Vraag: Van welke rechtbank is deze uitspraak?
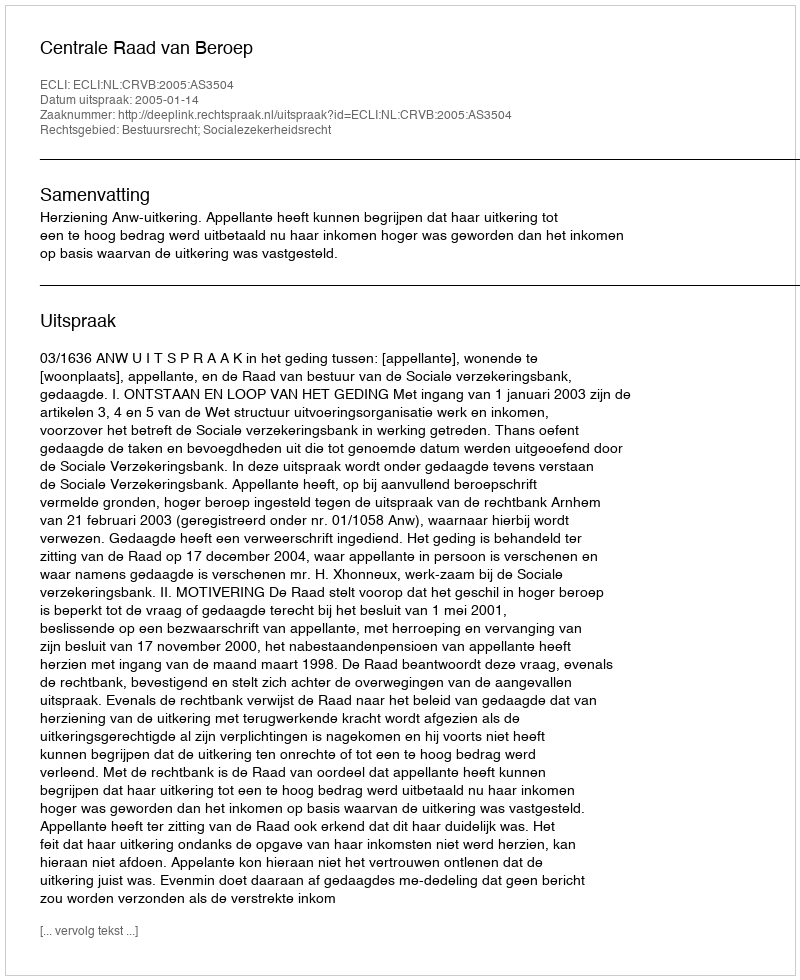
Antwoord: Centrale Raad van Beroep